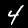
Label: 4